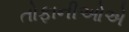
તોફાનીઓએ